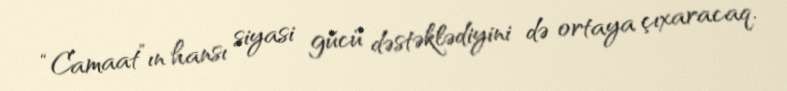
“Camaat”ın hansı siyasi gücü dəstəklədiyini də ortaya çıxaracaq.